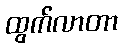
ထွက်လာတာ